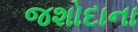
જશોદાના